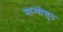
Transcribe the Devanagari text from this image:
मान्योशूत